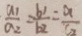
\frac { a _ { 1 } } { a _ { 2 } } = \frac { b _ { 1 } } { b _ { 2 } } = \frac { a } { c _ { 2 } }